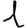
Digit: 1